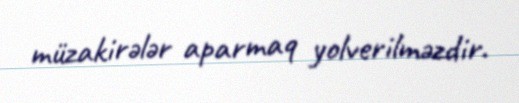
müzakirələr aparmaq yolverilməzdir.